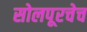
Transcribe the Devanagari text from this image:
सोलपूरचेच